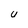
Character: U